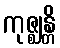
ကုဇ္ဈန္တိ